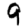
Digit: 9